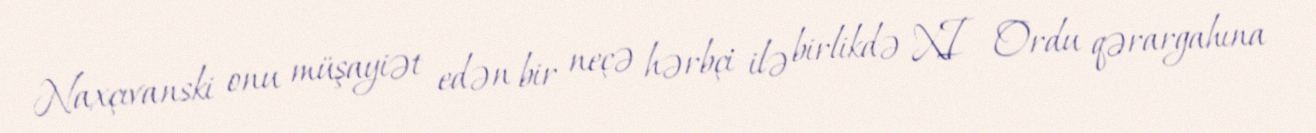
Naxçıvanski onu müşayiət edən bir neçə hərbçi ilə birlikdə XI Ordu qərargahına